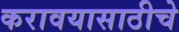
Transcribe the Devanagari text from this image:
करावयासाठीचे